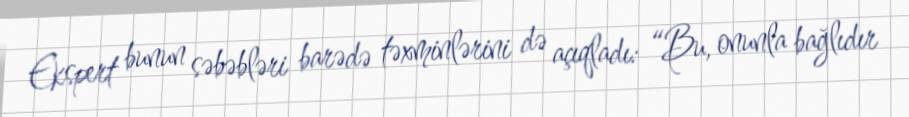
Ekspert bunun səbəbləri barədə təxminlərini də açıqladı: “Bu, onunla bağlıdır